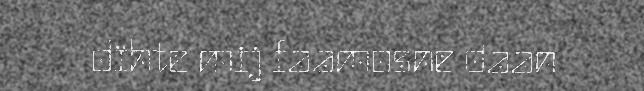
dïhte mij faamosne daan